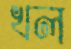
খল